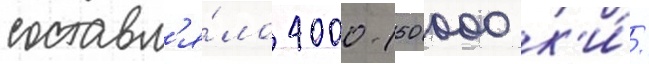
составл'я́ло 4000-150 000 к'и́/